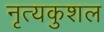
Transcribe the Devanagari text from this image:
नृत्यकुशल